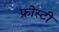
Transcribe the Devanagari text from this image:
फ्रोस्टी